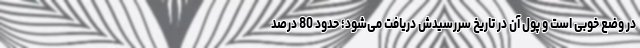
در وضع خوبی است و پول آن در تاریخ سررسیدش دریافت می‌شود؛ حدود 80 درصد